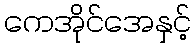
ကေအိုင်အေနှင့်